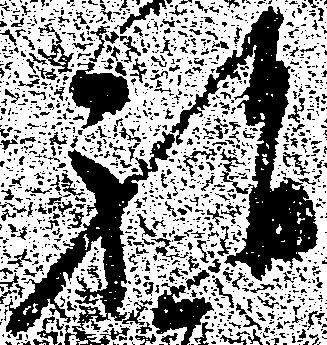
祝